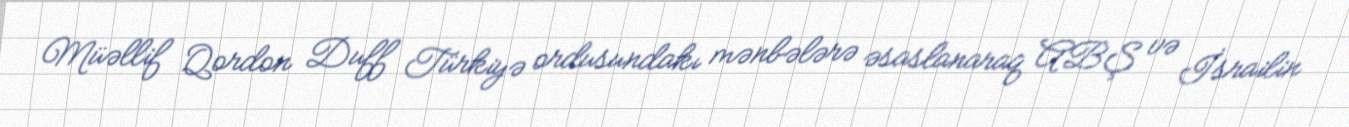
Müəllif Qordon Duff Türkiyə ordusundakı mənbələrə əsaslanaraq ABŞ və İsrailin